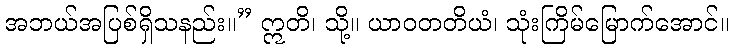
အဘယ်အပြစ်ရှိသနည်း။” ဣတိ၊ သို့။ ယာဝတတိယံ၊ သုံးကြိမ်မြောက်အောင်။